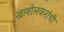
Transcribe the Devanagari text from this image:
खानोलकरांची